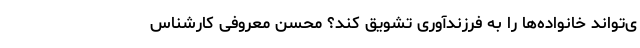
ی‌تواند خانواده‌ها را به فرزندآوری تشویق کند؟ محسن معروفی کارشناس